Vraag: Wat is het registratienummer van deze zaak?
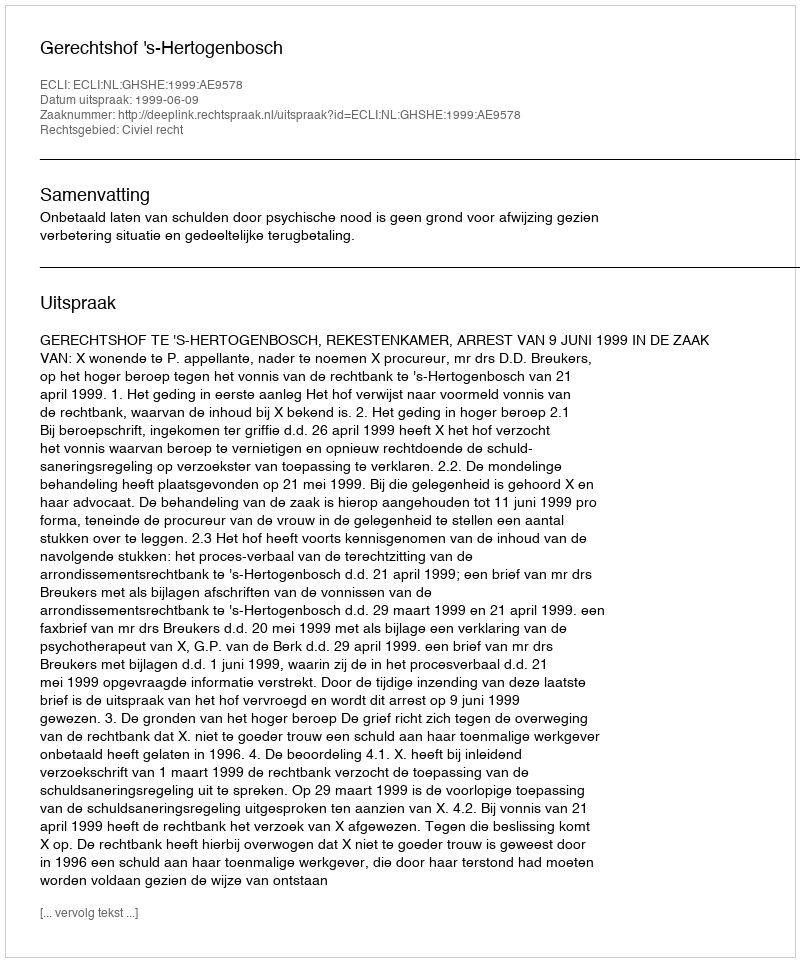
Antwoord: http://deeplink.rechtspraak.nl/uitspraak?id=ECLI:NL:GHSHE:1999:AE9578